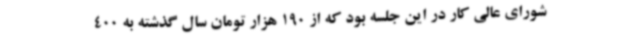
شورای عالی کار در این جلسه بود که از 190 هزار تومان سال گذشته به 400